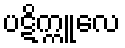
ပဋိက္ကူလေ